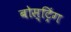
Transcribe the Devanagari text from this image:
बोस्ट्रिंग